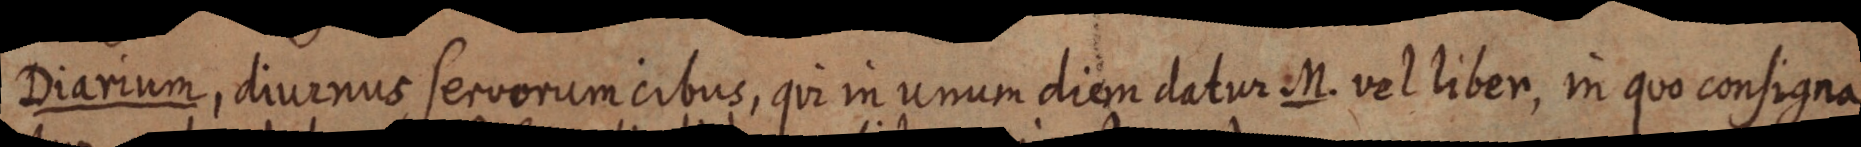
Diarium, diurnus servorum cibus, qui in unum diem datur M. vel liber, in quo consigna